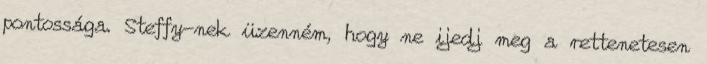
pontossága. Steffy-nek üzenném, hogy ne ijedj meg a rettenetesen